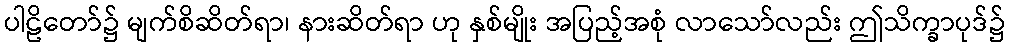
ပါဠိတော်၌ မျက်စိဆိတ်ရာ၊ နားဆိတ်ရာ ဟု နှစ်မျိုး အပြည့်အစုံ လာသော်လည်း ဤသိက္ခာပုဒ်၌